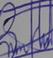
Signature authenticity: genuine